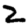
Digit: 2